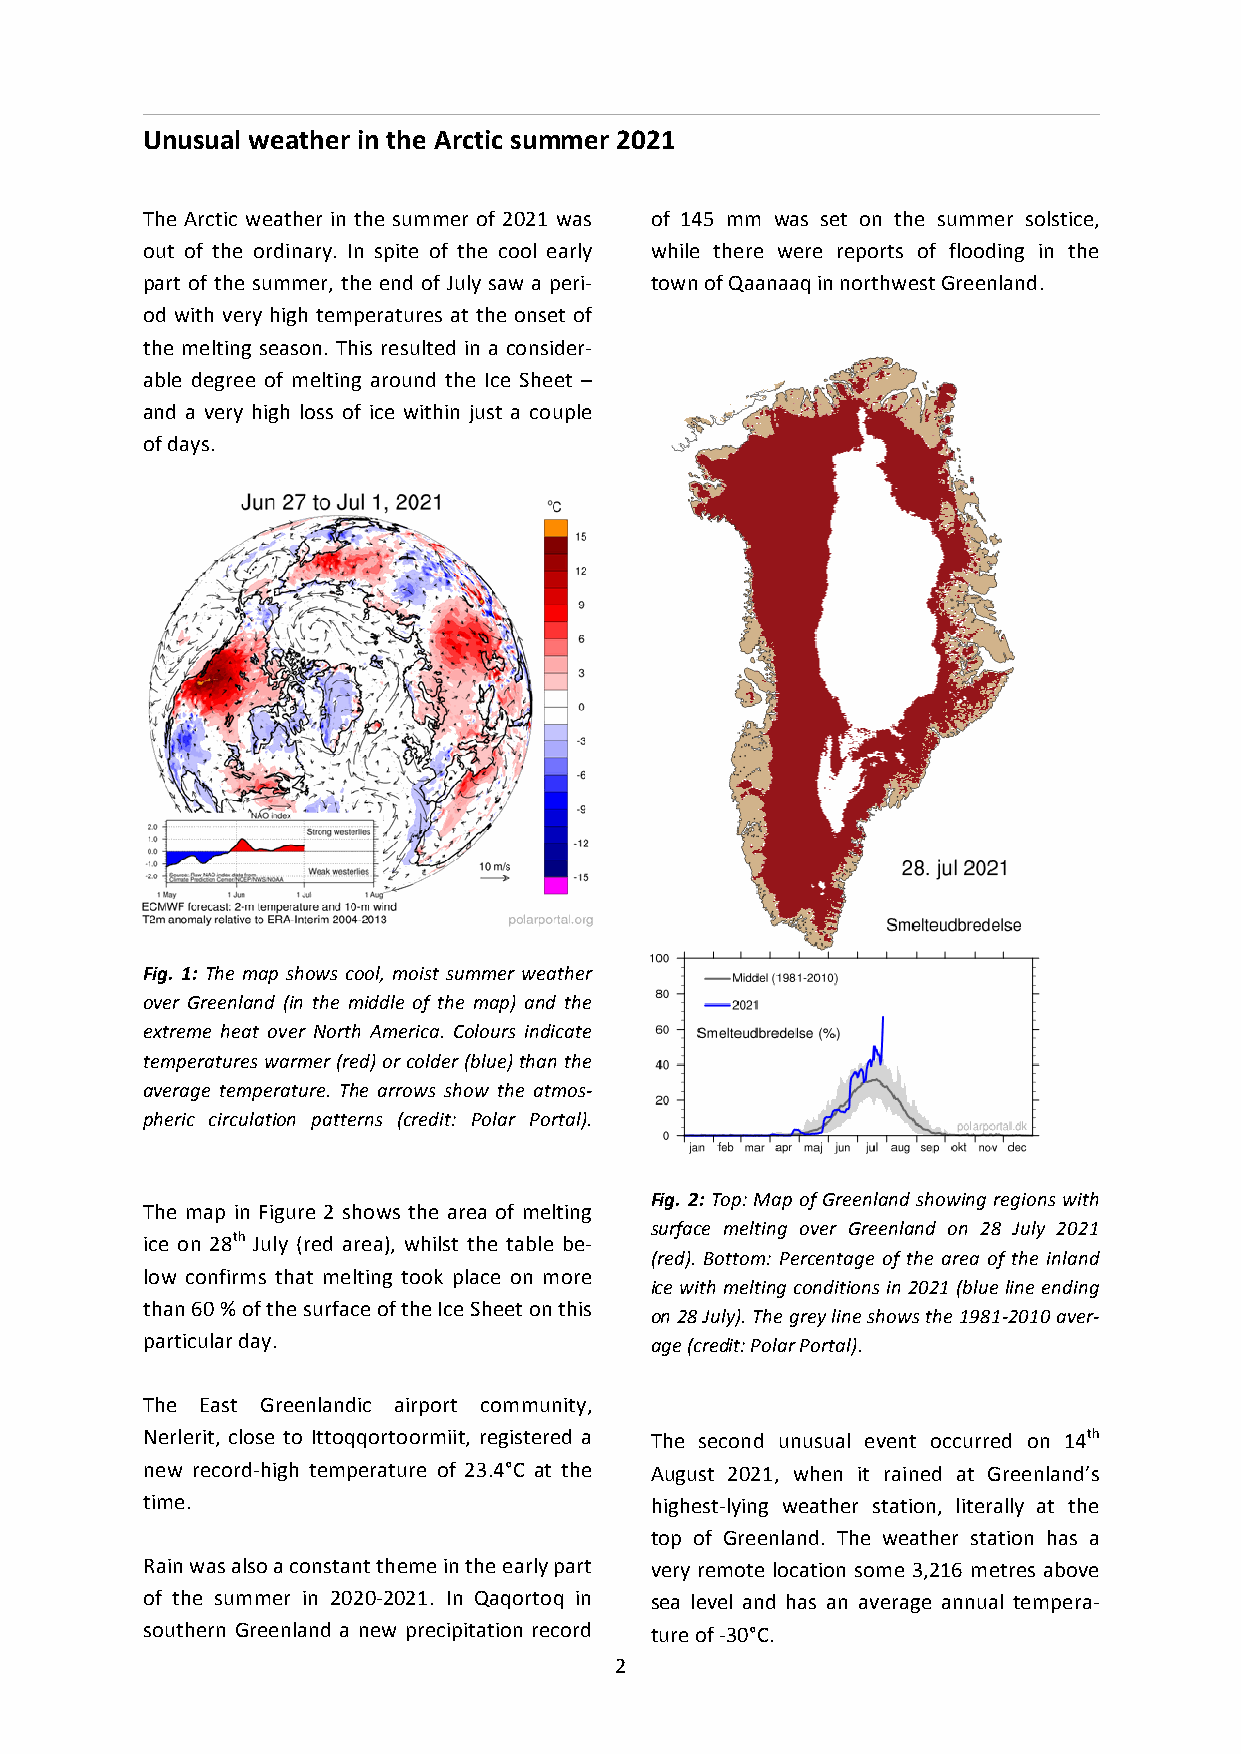
Unusual weather in the Arctic summer 2021
 The Arctic weather in the summer of 2021 was of 145 mm was set on the summer solstice,
 out of the ordinary. In spite of the cool early while there were reports of flooding in the
 part of the summer, the end of July saw a peri- town of Qaanaaq in northwest Greenland.
 od with very high temperatures at the onset of
 the melting season. This resulted in a consider-
 able degree of melting around the Ice Sheet –
 and a very high loss of ice within just a couple
 of days.
 Fig. 1: The map shows cool, moist summer weather
 over Greenland (in the middle of the map) and the
 extreme heat over North America. Colours indicate
 temperatures warmer (red) or colder (blue) than the
 average temperature. The arrows show the atmos-
 pheric circulation patterns (credit: Polar Portal).
 Fig. 2: Top: Map of Greenland showing regions with
 The map in Figure 2 shows the area of melting
 surface melting over Greenland on 28 July 2021
 ice on 28th July (red area), whilst the table be-
 (red). Bottom: Percentage of the area of the inland
 low confirms that melting took place on more
 ice with melting conditions in 2021 (blue line ending
 than 60 % of the surface of the Ice Sheet on this
 on 28 July). The grey line shows the 1981-2010 aver-
 particular day.                   age (credit: Polar Portal).
 The East Greenlandic airport community,
 Nerlerit, close to Ittoqqortoormiit, registered a The second unusual event occurred on 14th
 new record-high temperature of 23.4°C at the August 2021, when it rained at Greenland’s
 time.                             highest-lying weather station, literally at the
 top of Greenland. The weather station has a
 Rain was also a constant theme in the early part very remote location some 3,216 metres above
 of the summer in 2020-2021. In Qaqortoq in sea level and has an average annual tempera-
 southern Greenland a new precipitation record ture of -30°C.
 2